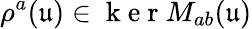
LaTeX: \rho^{a}(\mathfrak{u})\in\mathrm{~k~e~r~}M_{ab}(\mathfrak{u})